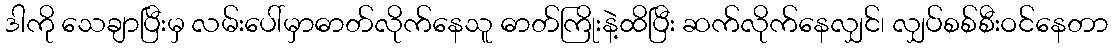
ဒါကို သေချာပြီးမှ လမ်းပေါ်မှာဓာတ်လိုက်နေသူ ဓာတ်ကြိုးနဲ့ထိပြီး ဆက်လိုက်နေလျှင်၊ လျှပ်စစ်စီးဝင်နေတာ